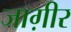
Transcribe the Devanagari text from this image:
जाग़ीर